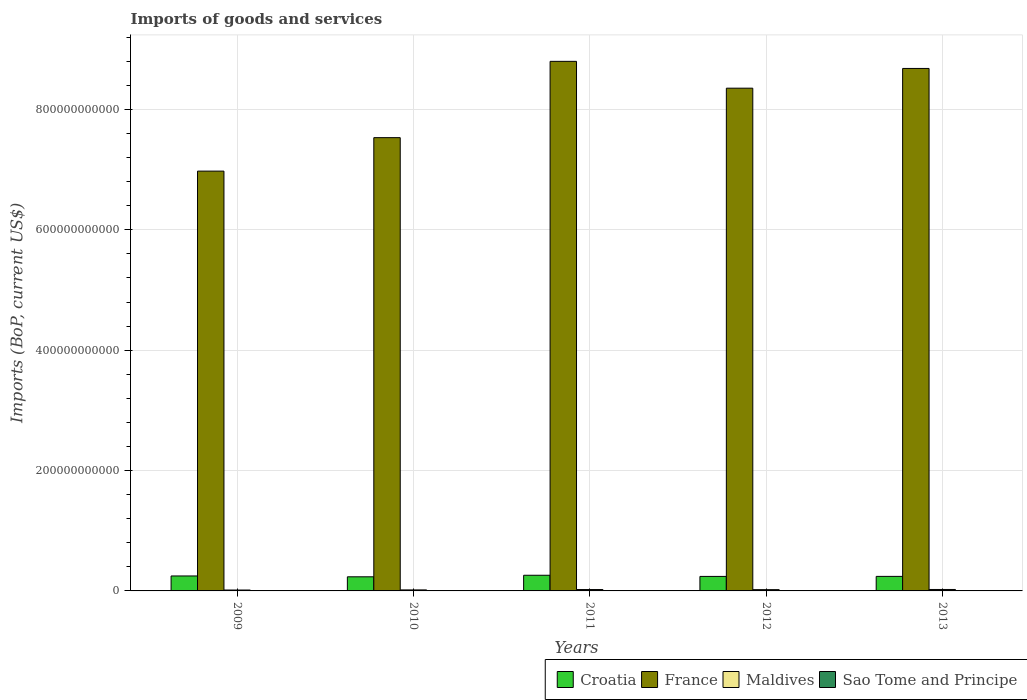
| Years | Croatia | France | Maldives | Sao Tome and Principe |
 | --- | --- | --- | --- | --- |
 | 2009 | 2.48e+10 | 6.97e+11 | 1.48e+09 | 1.03e+08 |
 | 2010 | 2.34e+10 | 7.53e+11 | 1.69e+09 | 1.21e+08 |
 | 2011 | 2.6e+10 | 8.8e+11 | 2.3e+09 | 1.47e+08 |
 | 2012 | 2.41e+10 | 8.35e+11 | 2.15e+09 | 1.44e+08 |
 | 2013 | 2.42e+10 | 8.68e+11 | 2.39e+09 | 1.74e+08 |